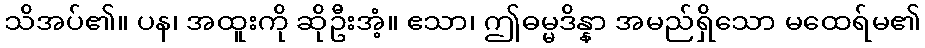
သိအပ်၏။ ပန၊ အထူးကို ဆိုဦးအံ့။ ဧသာ၊ ဤဓမ္မဒိန္နာ အမည်ရှိသော မထေရ်မ၏